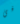
فى